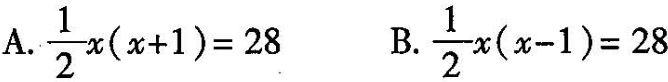
A.$$\frac { 1 } { 2 } x ( x + 1 ) = 2 8$$ B.$$\frac { 1 } { 2 } x ( x - 1 ) = 2 8$$